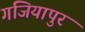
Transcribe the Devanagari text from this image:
गजियापुर